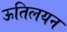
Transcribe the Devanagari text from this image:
ऊतिलयन